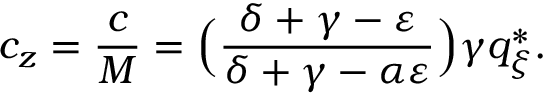
c _ { z } = \frac { c } { M } = \Big ( \frac { \delta + \gamma - \varepsilon } { \delta + \gamma - \alpha \varepsilon } \Big ) \gamma q _ { \xi } ^ { * } .